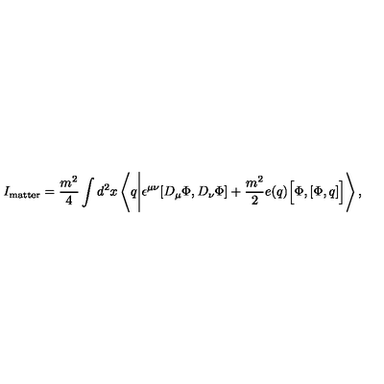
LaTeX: I _ { \mathrm { m a t t e r } } = \frac { m ^ { 2 } } { 4 } \int d ^ { 2 } x \left\langle q \Biggl | \epsilon ^ { \mu \nu } [ D _ { \mu } \Phi , D _ { \nu } \Phi ] + \frac { m ^ { 2 } } { 2 } e ( q ) \Bigl [ \Phi , [ \Phi , q ] \Bigr ] \right\rangle ,